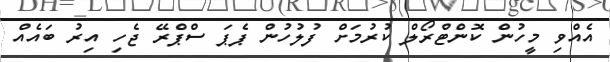
އެއްވި މީހުން ކޮންޓްރޯލް ކުރުމަށް ފުލުހުން ޕެޕަ ސްޕްރޭ ޖެހި އިރު ބައެއް